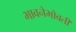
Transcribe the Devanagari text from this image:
भावनेभोवती